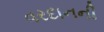
વરદાનની